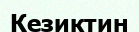
Кезиктин